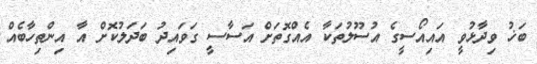
ބަޚު ވިދާޅުވީ އައިއޯސީގެ އުސޫލުތަކާ އެއްގޮތަށް އަސާސީ ގަވައިދު ބަދަލުކޮށް އާ އިންތިހާބެއް